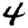
Digit: 4